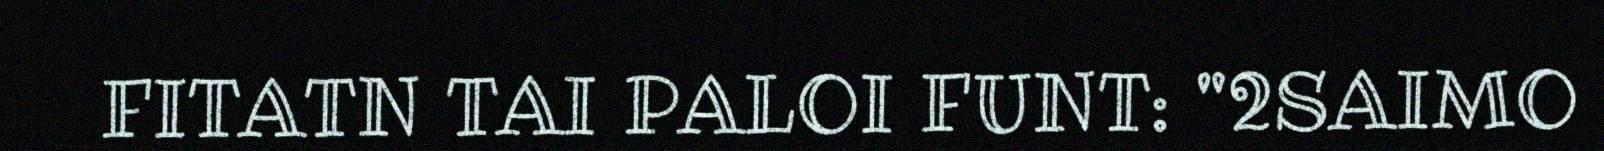
FITATN TAI PALOI FUNT: "2SAIMO